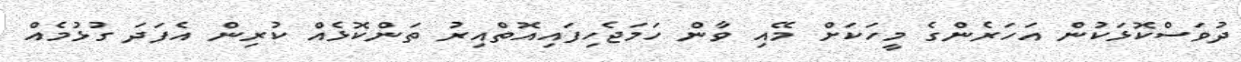
ދުވަސްކޮޅަކުން އަހަރެންގެ މީހަކަށް މޭއި ވާން ހަމަޖެހިފައިއޮތްއިރު ތަންކޮޅެއް ކުރިން އެފަދަ ގުޅުމެއް